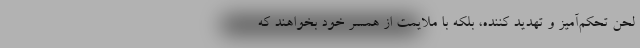
لحن تحکم‌آمیز و تهدید کننده، بلکه با ملایمت از همسر خود بخواهند که